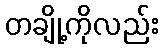
တချို့ကိုလည်း